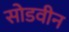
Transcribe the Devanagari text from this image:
सोडवीन